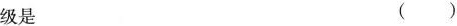
级是 ()